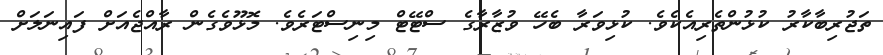
ތަޖުރިބާކާރު ކުޅުންތެރިއެކެވެ. ކުޅިވަރާ ބެހޭ ވުޒާރާގެ ސްޓޭޓް މިނިސްޓަރެވެ. މޮޅޫވެގެން ރާއްޖެއަށް ފައިނަލަށް